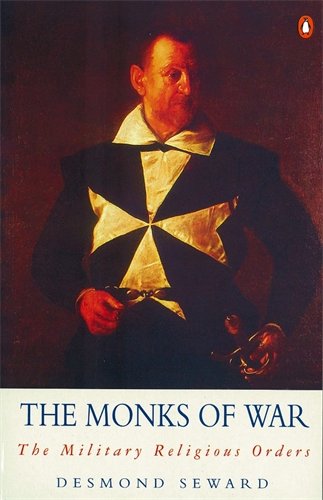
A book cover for The Monks of War: The Military Religious Orders (Arkana); Desmond Seward; History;